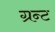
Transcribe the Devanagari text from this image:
ग्रन्ट